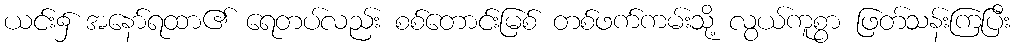
ယင်း၌ အနော်ရထာ၏ ရေတပ်လည်း စစ်တောင်းမြစ် တစ်ဖက်ကမ်းသို့ လွယ်ကူစွာ ဖြတ်သန်းကြပြီး